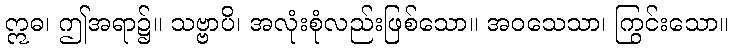
ဣဓ၊ ဤအရာ၌။ သဗ္ဗာပိ၊ အလုံးစုံလည်းဖြစ်သော။ အဝသေသာ၊ ကြွင်းသော။